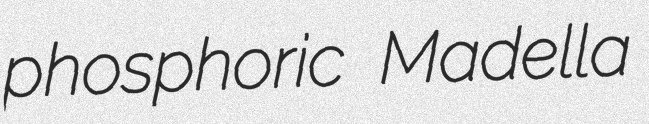
phosphoric Madella